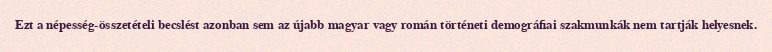
Ezt a népesség-összetételi becslést azonban sem az újabb magyar vagy román történeti demográfiai szakmunkák nem tartják helyesnek.